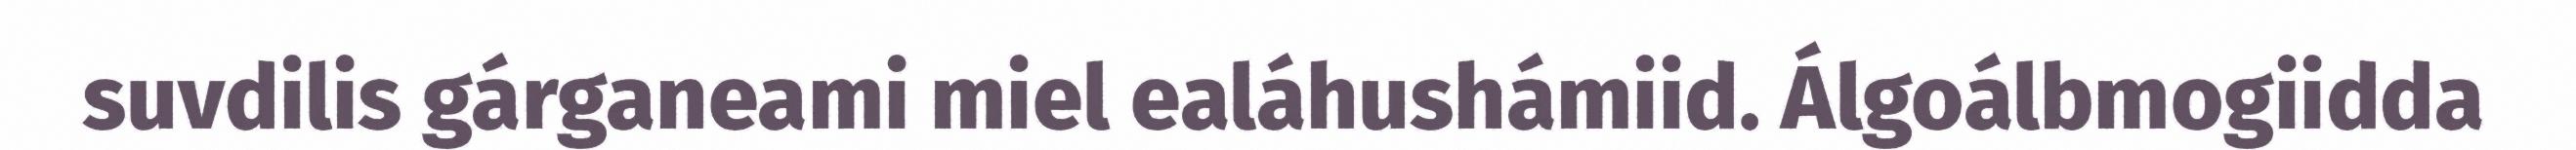
suvdilis gárganeami miel ealáhushámiid. Álgoálbmogiidda